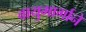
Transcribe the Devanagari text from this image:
वायुमार्गाने